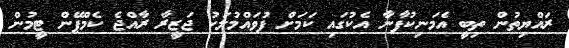
ރައްޔިތުން ތިބީ އެމަނިކުފާނާ އެކުގައި ކަމަށް ފުވައްމުލަކު ޖަޒީރާ ރާއްޖެ ކެމްޕޭން ޓީމުން